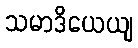
သမာဒိယေယျ